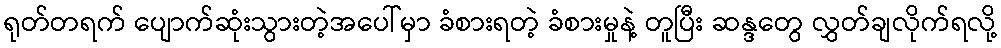
ရုတ်တရက် ပျောက်ဆုံးသွားတဲ့အပေါ်မှာ ခံစားရတဲ့ ခံစားမှုနဲ့ တူပြီး ဆန္ဒတွေ လွှတ်ချလိုက်ရလို့